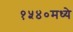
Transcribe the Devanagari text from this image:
१५४०मध्ये